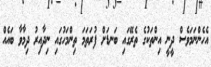
އެހެންނަމަވެސް ދީނީ އިންތަކުގެ ތެރޭގައި ބަނޑަށް ފުރަތަމަ ތިންމަހުގައި ނިދާއިރު ދިމާވާ ބައެއް